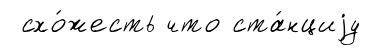
схо́жесть что ста́нциjу